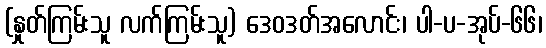
(နှုတ်ကြမ်းသူ လက်ကြမ်းသူ) ဒေဝဒတ်အလောင်း၊ ပါ-ပ-အုပ်-၆၆၊